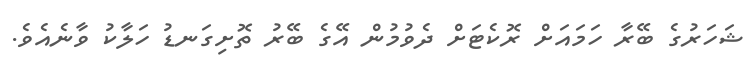
ޝަހަރުގެ ބޭރާ ހަމައަށް ރޮކެޓަށް ދެވުމުން އޭގެ ބޭރު ތޮށިގަނޑު ހަލާކު ވާނެއެވެ.